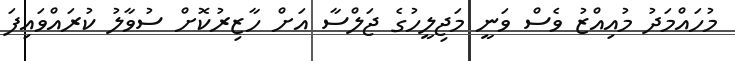
މުހައްމަދު މުއިއްޒު ވެސް ވަނީ މަޖިލީހުގެ ޖަލްސާ އަށް ހާޒިރުކޮށް ސުވާލު ކުރައްވައިފަ